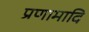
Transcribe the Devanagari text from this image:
प्रणामादि